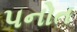
પનોત